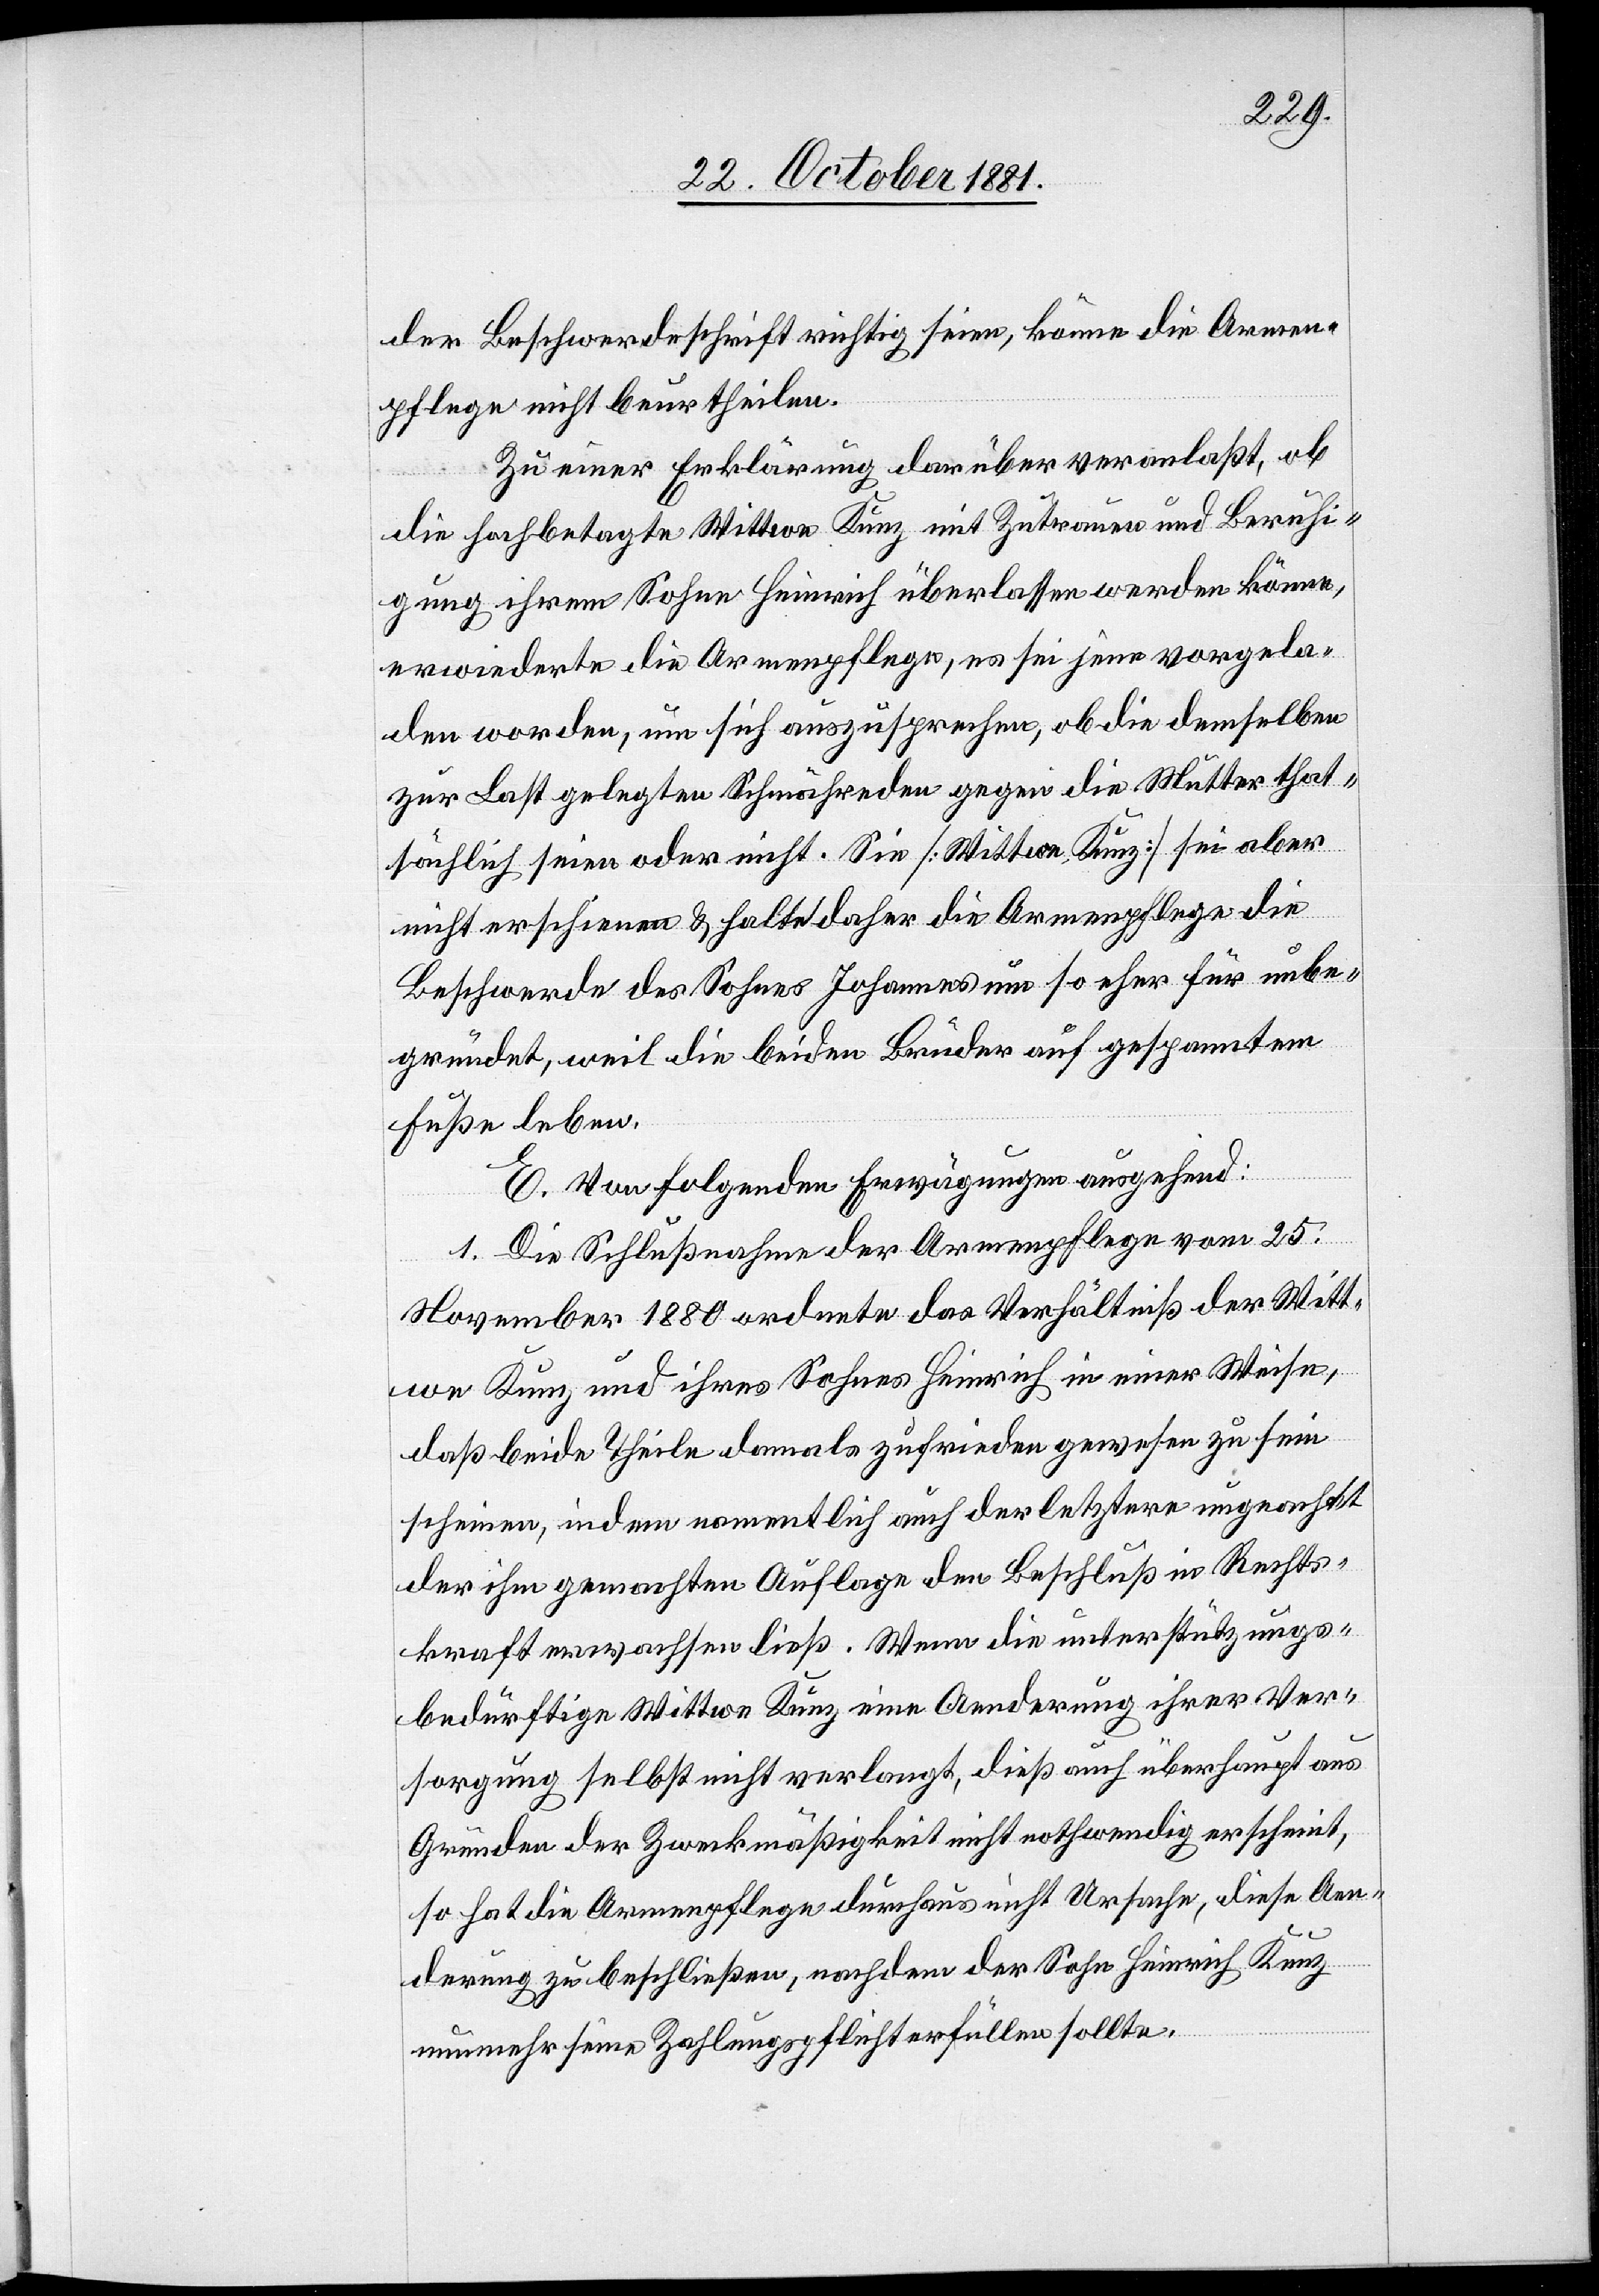
der Beschwerdeschrift richtig seien, könne die Armen¬
pflege nicht beurtheilen.
Zu einer Erklärung darüber veranlaßt, ob
die hochbetagte Wittwe Kunz mit Zutrauen und Beruhi¬
gung ihrem Sohne Heinrich überlassen werden könne,
erwiederte die Armenpflege, es sei jene vorgela¬
den worden, um sich auszusprechen, ob die demselben
zu Last gelegten Schmähreden gegen die Mutter that¬
sächlich seien oder nicht. Sie [Mutter Kunz] sei aber
nicht erschienen & halte daher die Armenpflege die
Beschwerde des Sohnes Johannes um so eher für unbe¬
gründet, weil die beiden Brüder auf gespanntem
Fuße leben.
E. Von folgenden Erwägungen ausgehend:
1. Die Schlußnahme der Armenpflege vom 25.
November 1880 ordnete das Verhältniß der Witt¬
we Kunz und ihres Sohnes Heinrich in einer Weise,
daß beide Theile damals zufrieden gewesen zu sein
scheinen, in dem namentlich auch der letztere ungeachtet
der ihm gemachten Auflage den Beschluß in Rechts¬
kraft verwachsen ließ. Wenn die unterstützungs¬
bedürftige Wittwe Kunz eine Aenderung ihrer Ver¬
sorgung selbst nicht verlangt, dieß auch überhaupt aus
Gründen der Zweckmäßigkeit nicht nothwendig erscheint,
so hat die Armenpflege durchaus nicht Ursache, diese Aen¬
derung zu beschließen, nachdem der Sohn Heinrich Kunz
nunmehr seine Zahlungspflicht erfüllen sollte.